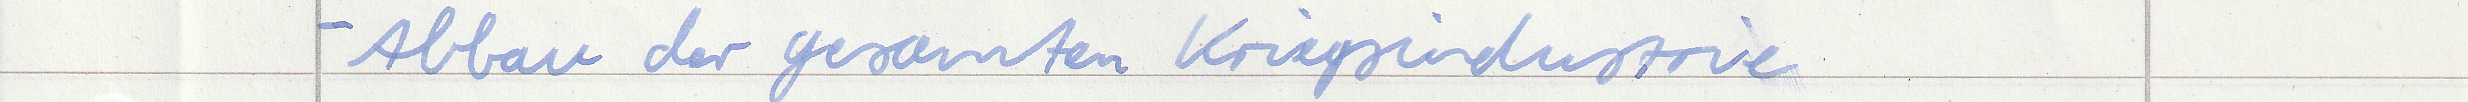
- Abbau der gesamten Kriegsindustrie